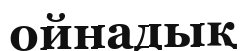
ойнадық